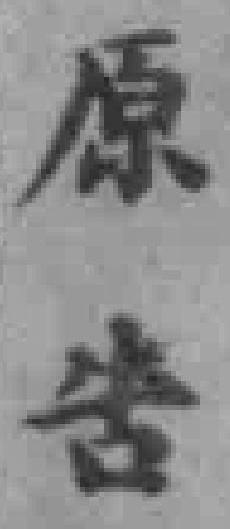
原告